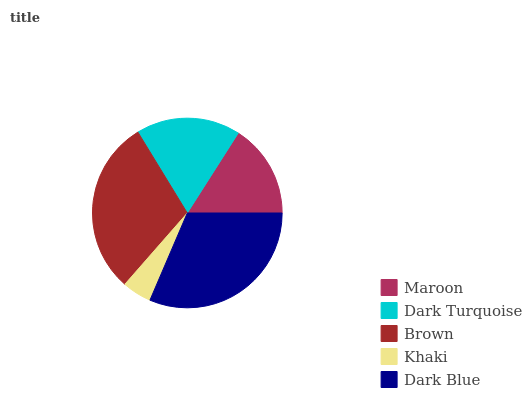
| Maroon | Dark Turquoise | Brown | Khaki | Dark Blue |
 | --- | --- | --- | --- | --- |
 | 15.9% | 17.8% | 29.8% | 5.01% | 31.5% |